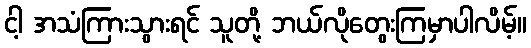
ငါ့ အသံကြားသွားရင် သူတို့ ဘယ်လိုတွေးကြမှာပါလိမ့်။